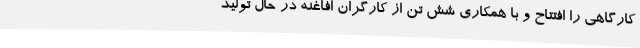
کارگاهی را افتتاح و با همکاری شش تن از کارگران افاغنه در حال تولید